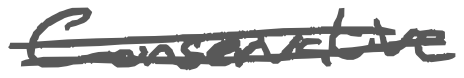
Text: Conservative
Cross-out: double-line
Writing tool: digital_gray